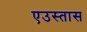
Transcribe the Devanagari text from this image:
एउस्तास